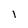
Character: 1